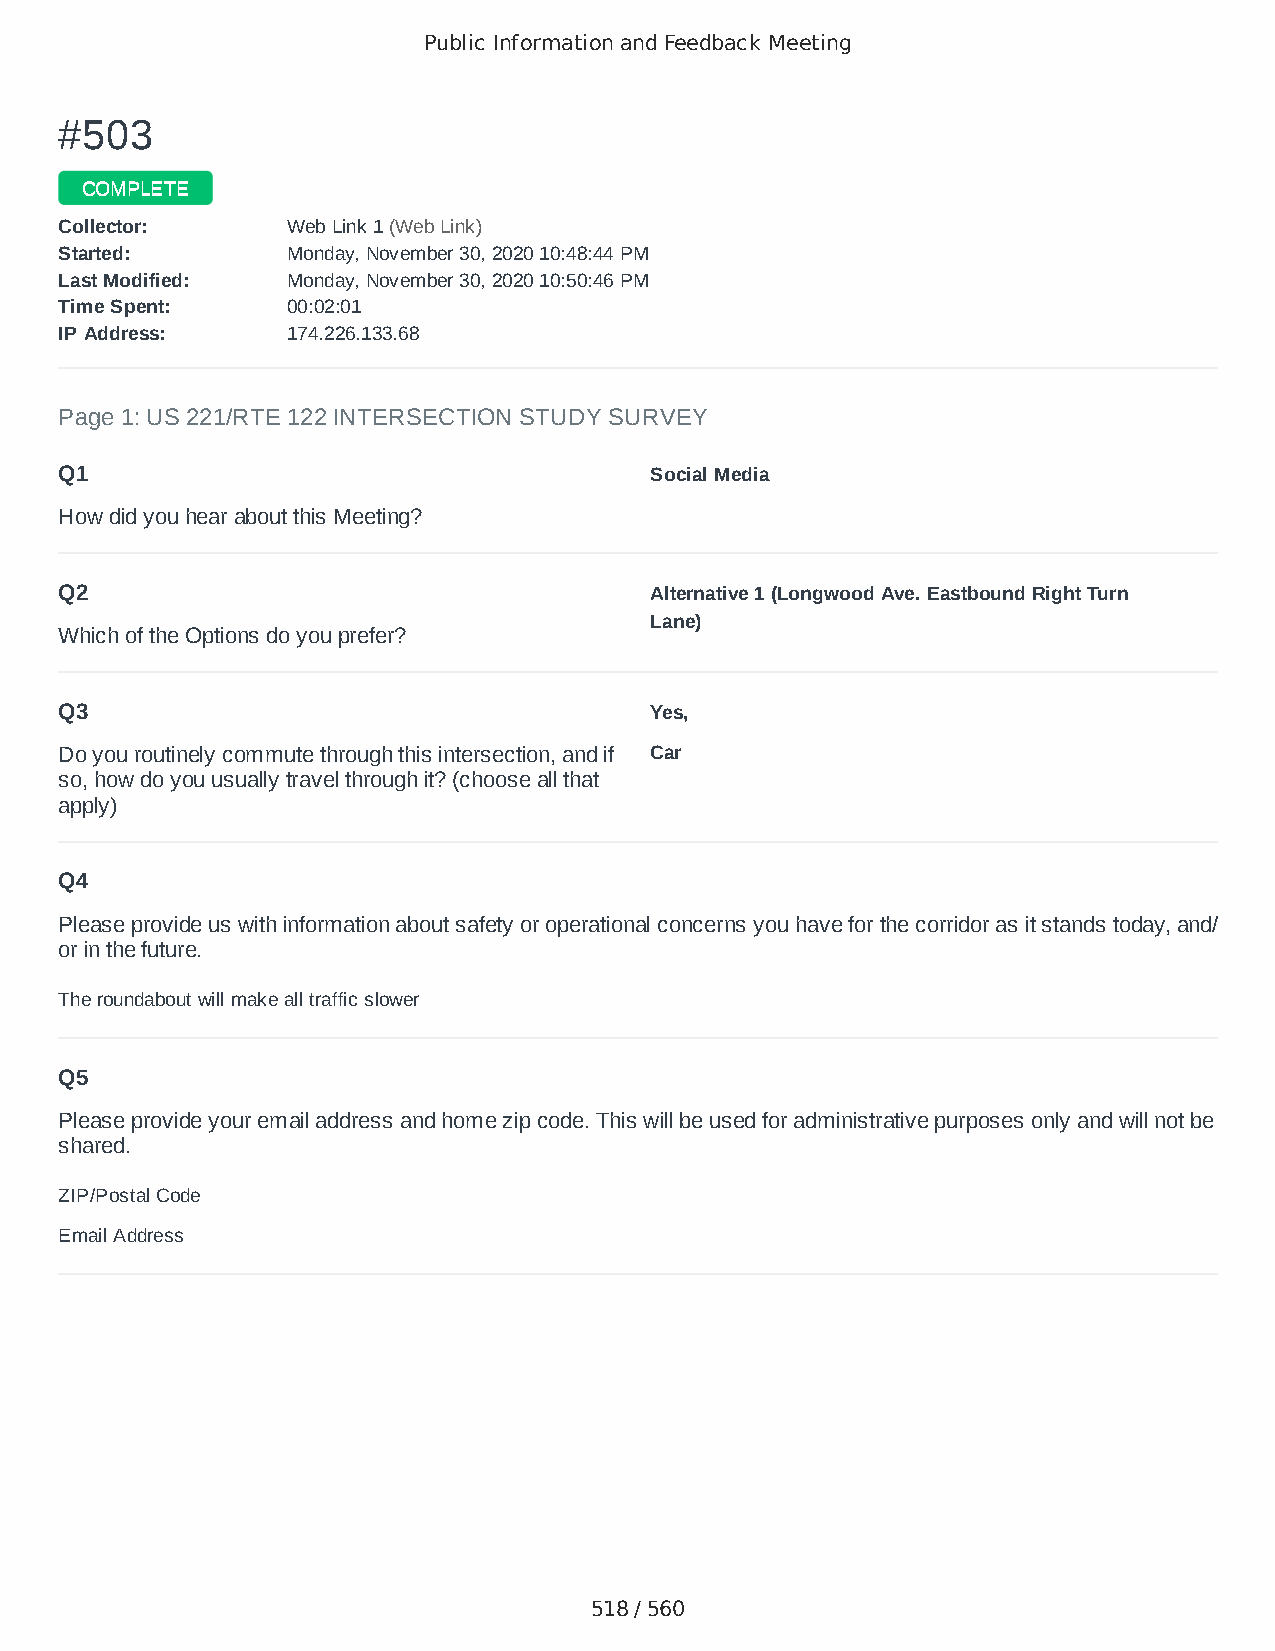
Public Information and Feedback Meeting
 ##550033
 CCOOMMPPLLEETTEE
 CCoolllleeccttoorr:: WWeebb LLiinnkk 11 ((WWeebb LLiinnkk))
 SSttaarrtteedd:: MMoonnddaayy,, NNoovveemmbbeerr 3300,, 22002200 1100::4488::4444 PPMM
 LLaasstt MMooddiiffiieedd:: MMoonnddaayy,, NNoovveemmbbeerr 3300,, 22002200 1100::5500::4466 PPMM
 TTiimmee SSppeenntt:: 0000::0022::0011
 IIPP AAddddrreessss:: 117744..222266..113333..6688
 Page 1: US 221/RTE 122 INTERSECTION STUDY SURVEY
 Q1                                     Social Media
 How did you hear about this Meeting?
 Q2                                     Alternative 1 (Longwood Ave. Eastbound Right Turn
 Lane)
 Which of the Options do you prefer?
 Q3                                     Yes,
 Do you routinely commute through this intersection, and if Car
 so, how do you usually travel through it? (choose all that
 apply)
 Q4
 Please provide us with information about safety or operational concerns you have for the corridor as it stands today, and/
 or in the future.
 The roundabout will make all traffic slower
 Q5
 Please provide your email address and home zip code. This will be used for administrative purposes only and will not be
 shared.
 ZIP/Postal Code                        24174
 Email Address                          dluhrs1@gmail.com
 518 / 560